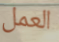
العمل